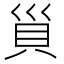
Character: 𧴲